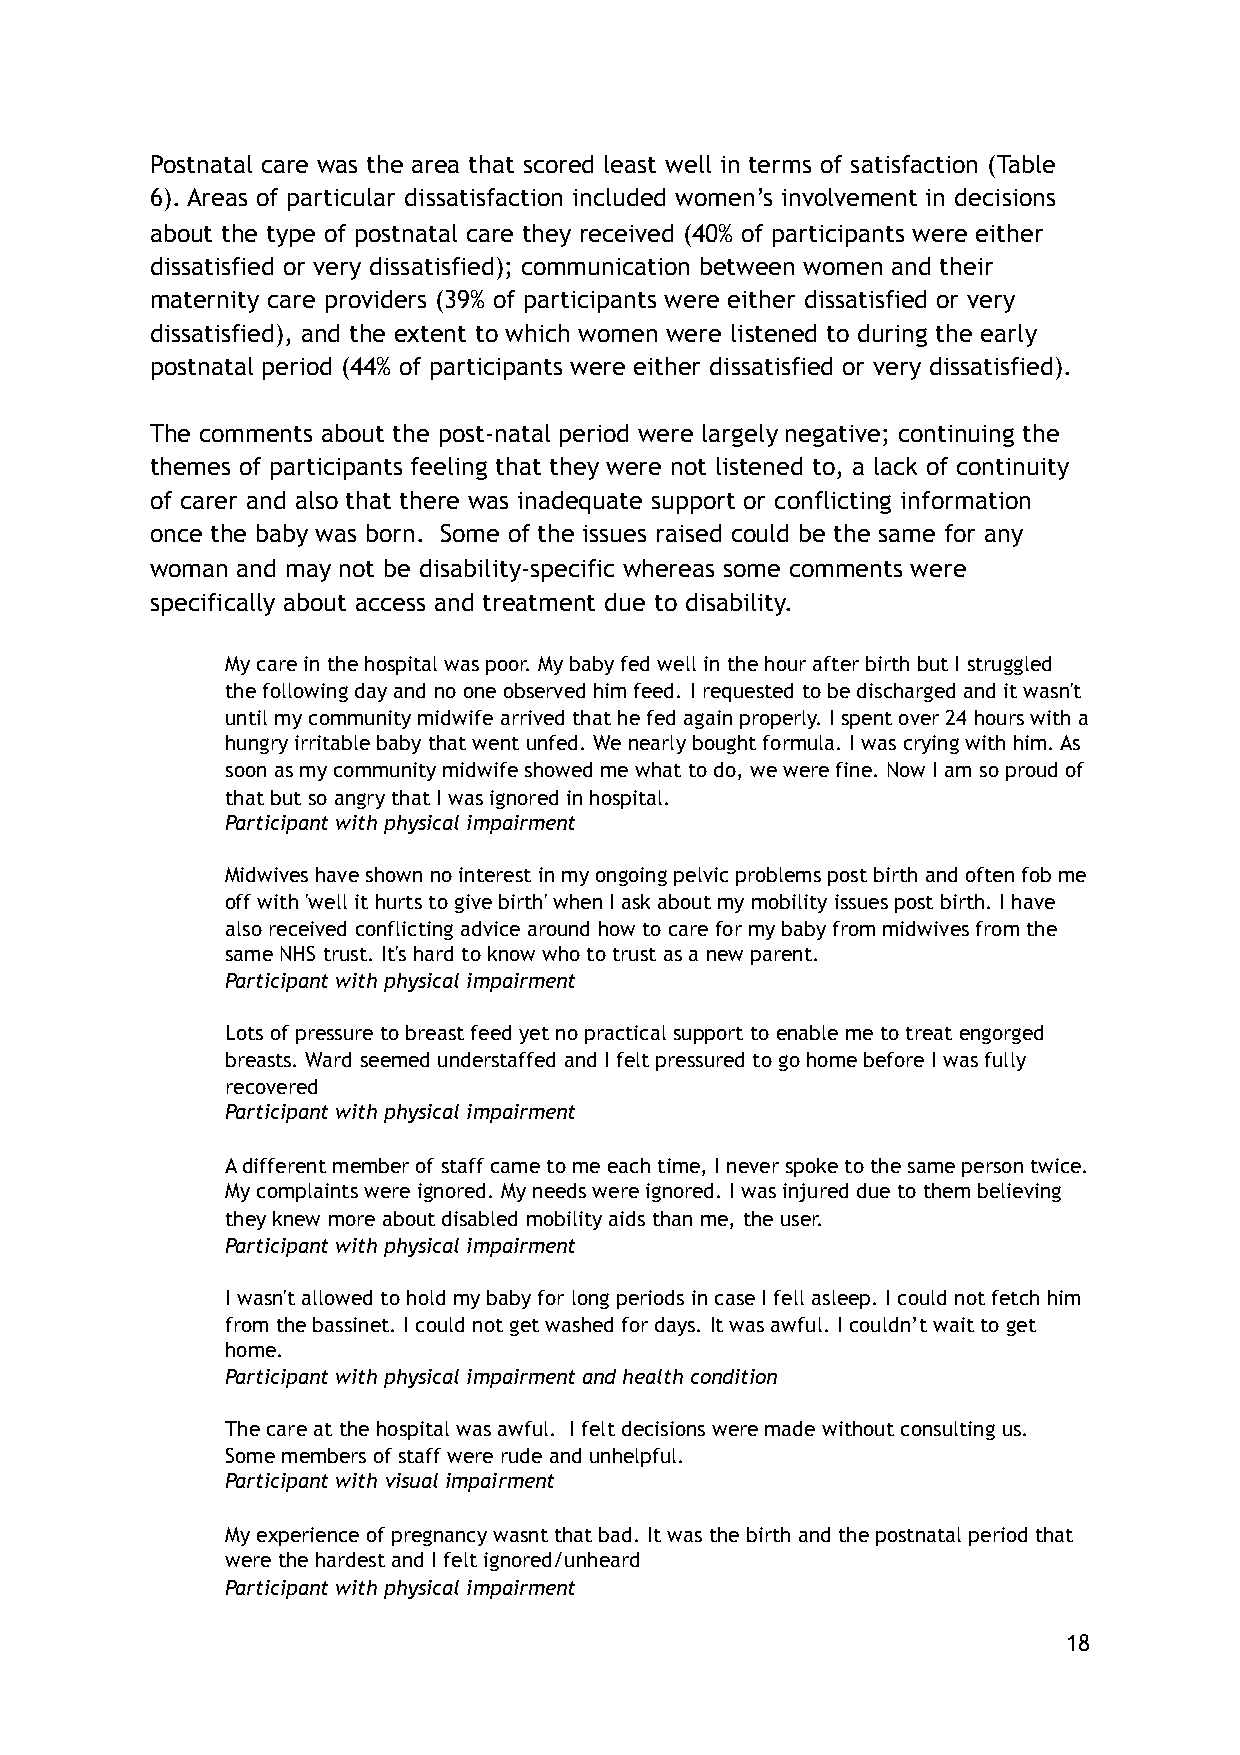
Postnatal care was the area that scored least well in terms of satisfaction (Table
 6). Areas of particular dissatisfaction included women’s involvement in decisions
 about the type of postnatal care they received (40% of participants were either
 dissatisfied or very dissatisfied); communication between women and their
 maternity care providers (39% of participants were either dissatisfied or very
 dissatisfied), and the extent to which women were listened to during the early
 postnatal period (44% of participants were either dissatisfied or very dissatisfied).
 The comments about the post-natal period were largely negative; continuing the
 themes of participants feeling that they were not listened to, a lack of continuity
 of carer and also that there was inadequate support or conflicting information
 once the baby was born. Some of the issues raised could be the same for any
 woman and may not be disability-specific whereas some comments were
 specifically about access and treatment due to disability.
 My care in the hospital was poor. My baby fed well in the hour after birth but I struggled
 the following day and no one observed him feed. I requested to be discharged and it wasn't
 until my community midwife arrived that he fed again properly. I spent over 24 hours with a
 hungry irritable baby that went unfed. We nearly bought formula. I was crying with him. As
 soon as my community midwife showed me what to do, we were fine. Now I am so proud of
 that but so angry that I was ignored in hospital.
 Participant with physical impairment
 Midwives have shown no interest in my ongoing pelvic problems post birth and often fob me
 off with 'well it hurts to give birth' when I ask about my mobility issues post birth. I have
 also received conflicting advice around how to care for my baby from midwives from the
 same NHS trust. It's hard to know who to trust as a new parent.
 Participant with physical impairment
 Lots of pressure to breast feed yet no practical support to enable me to treat engorged
 breasts. Ward seemed understaffed and I felt pressured to go home before I was fully
 recovered
 Participant with physical impairment
 A different member of staff came to me each time, I never spoke to the same person twice.
 My complaints were ignored. My needs were ignored. I was injured due to them believing
 they knew more about disabled mobility aids than me, the user.
 Participant with physical impairment
 I wasn't allowed to hold my baby for long periods in case I fell asleep. I could not fetch him
 from the bassinet. I could not get washed for days. It was awful. I couldn’t wait to get
 home.
 Participant with physical impairment and health condition
 The care at the hospital was awful. I felt decisions were made without consulting us.
 Some members of staff were rude and unhelpful.
 Participant with visual impairment
 My experience of pregnancy wasnt that bad. It was the birth and the postnatal period that
 were the hardest and I felt ignored/unheard
 Participant with physical impairment
 18